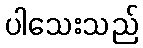
ပါသေးသည်